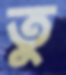
তু